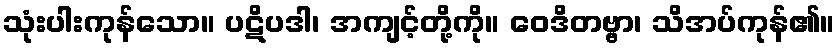
သုံးပါးကုန်သော။ ပဋိပဒါ၊ အကျင့်တို့ကို။ ဝေဒိတဗ္ဗာ၊ သိအပ်ကုန်၏။